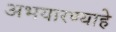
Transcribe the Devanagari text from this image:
अभयारण्याहे